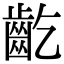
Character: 齕